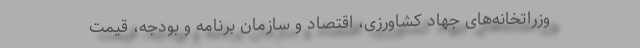
وزراتخانه‌های جهاد کشاورزی، اقتصاد و سازمان برنامه و بودجه، قیمت